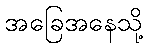
အခြေအနေသို့